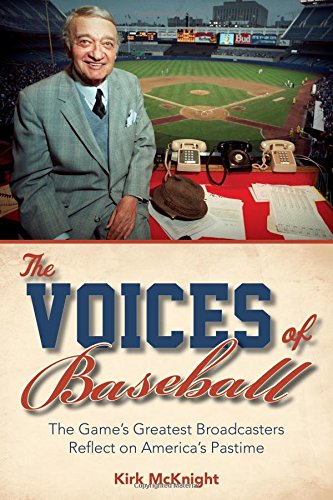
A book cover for The Voices of Baseball: The Game's Greatest Broadcasters Reflect on America's Pastime; Kirk McKnight; Humor & Entertainment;